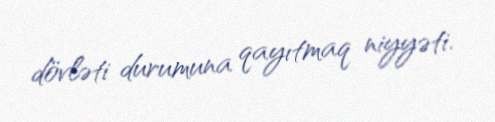
dövləti durumuna qayıtmaq niyyəti.